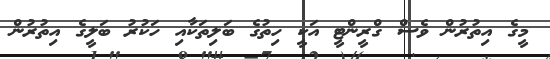
މީގެ އިތުރުން ވެސް ގްރީންޓީ އަކީ ހިތުގެ ބަލިތަކާއި ހަކުރު ބަލީގެ އިތުރުން